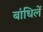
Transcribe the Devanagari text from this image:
बांधिलें